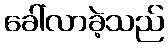
ခေါ်လာခဲ့သည်